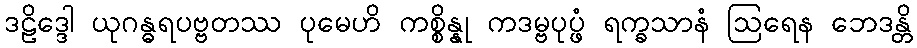
ဒဠိဒ္ဒေါ ယုဂန္ဓရပဗ္ဗတဿ ပုမေဟိ ကစ္စိန္နု ကဒမ္ဗပုပ္ဖံ ရက္ခသာနံ ဩရေန ဘေဒန္တိ